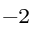
^ { - 2 }